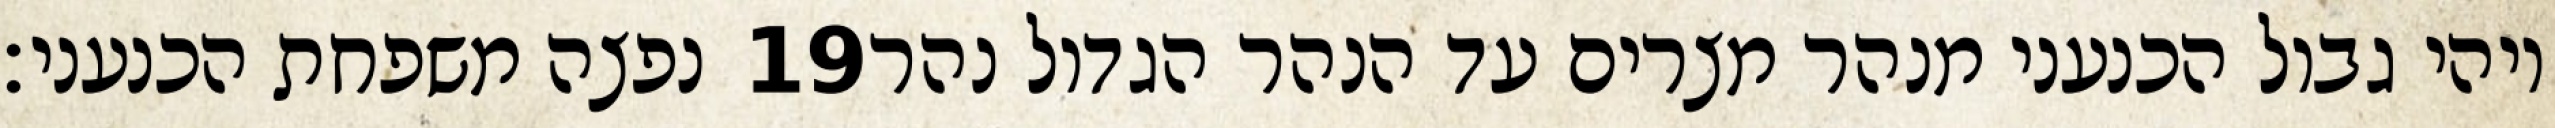
נפצה משפחת הכנעני׃ ‎19‏ ויהי גבול הכנעני מנהר מצרים עד הנהר הגדול נהר